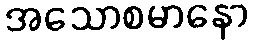
အသောစမာနော